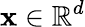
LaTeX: \mathbf{x}\in\mathbb{R}^{d}